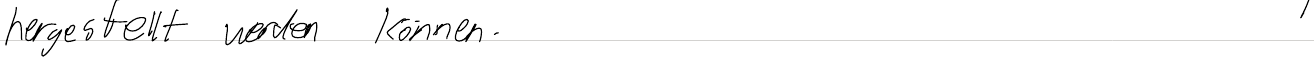
hergestellt werden können.